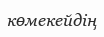
көмекейдің